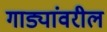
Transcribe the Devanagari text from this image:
गाड्यांवरील